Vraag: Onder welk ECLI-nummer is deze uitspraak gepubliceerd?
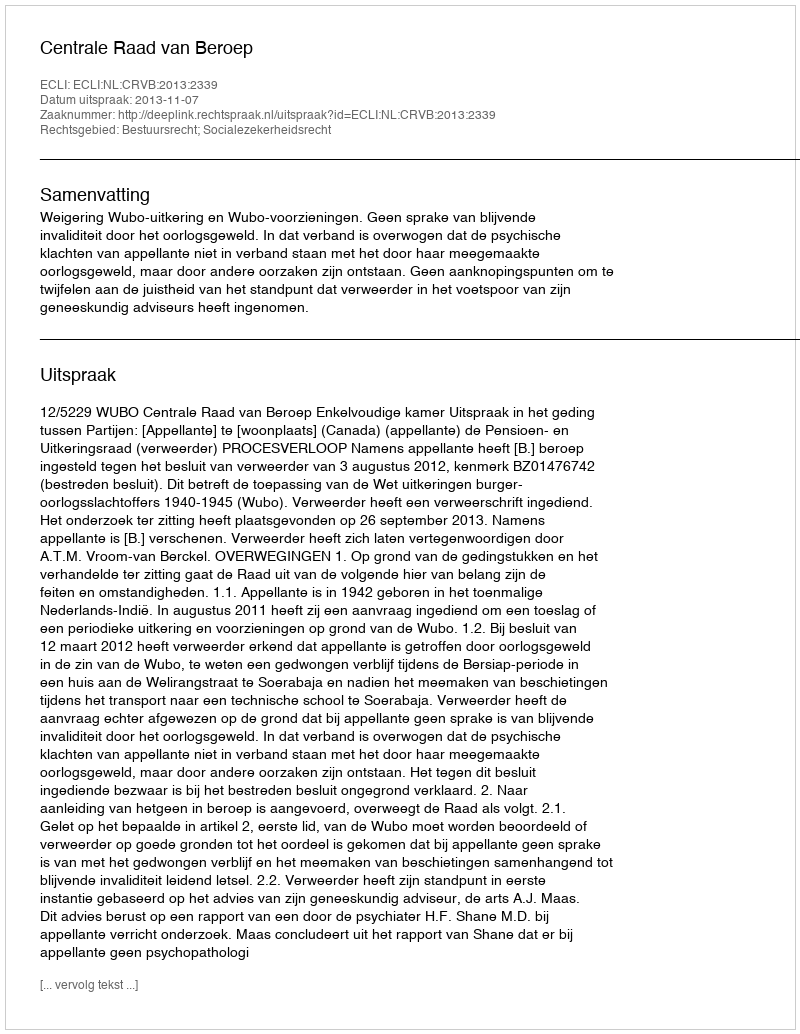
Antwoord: ECLI:NL:CRVB:2013:2339